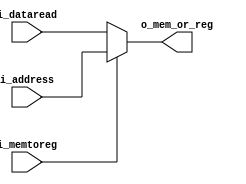
`timescale 1ns / 1ps
//////////////////////////////////////////////////////////////////////////////////
// Company: UNC FCEFyN
// 
// Design Name: 
// Module Name: MUX_WB
// Project Name: MIPS
// Target Devices: 
// Tool Versions: 
// Description: 
// 
// Dependencies: 
// 
// Revision:
// Revision 0.01 - File Created
// Additional Comments:
// 
//////////////////////////////////////////////////////////////////////////////////


module MUX_WB
    #(
        parameter DATA_WIDTH = 32
    )
    (
        input [DATA_WIDTH - 1 : 0]  i_address,
        input [DATA_WIDTH - 1 : 0]  i_dataread,
        input                       i_memtoreg,
        output [DATA_WIDTH - 1 : 0] o_mem_or_reg
    );

    assign o_mem_or_reg = i_memtoreg ? i_address : i_dataread;
endmodule